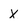
Character: X